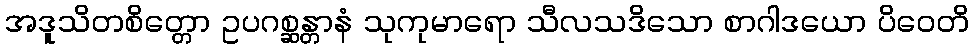
အဒူသိတစိတ္တော ဥပဂစ္ဆန္တာနံ သုကုမာရော သီလသဒိသော စာဂါဒယော ပိဝေတိ